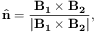
\hat { \mathbf { n } } = \frac { \mathbf { B _ { 1 } } \times \mathbf { B _ { 2 } } } { | \mathbf { B _ { 1 } } \times \mathbf { B _ { 2 } } | } ,